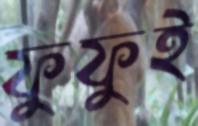
ফুফুই